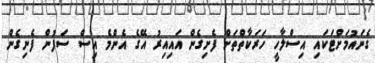
ގެނައުމަށްޓަކައި އިސްލާހީ ހަރަކާތްތަށް ފެށިގެން އައިއިރު އޭގެ އެންމެ އިސް ސަފުން ފެނިގެން